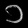
Digit: ၁